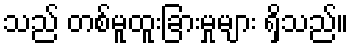
သည် တစ်မူထူးခြားမှုများ ရှိသည်။